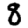
Digit: 8